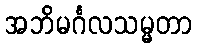
အဘိမင်္ဂလသမ္မတာ